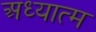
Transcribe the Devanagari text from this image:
अध्यात्‍म